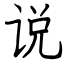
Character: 说